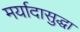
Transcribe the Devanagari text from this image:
मर्यादासुद्धा